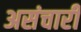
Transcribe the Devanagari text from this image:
असंचारी